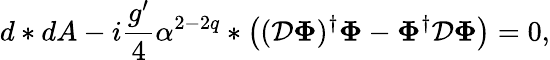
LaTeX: d*dA-i\frac{g^{\prime}}{4}\alpha^{2-2q}*\left(({\cal{D}}{\mathbf\Phi})^{\dagger}{\mathbf\Phi}-{\mathbf\Phi}^{\dagger}{\cal{D}}{\mathbf\Phi}\right)=0,